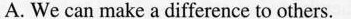
A. We can make a difference to others.